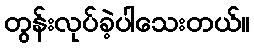
တွန်းလုပ်ခဲ့ပါသေးတယ်။